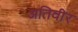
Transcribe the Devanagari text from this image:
अतिवीर